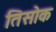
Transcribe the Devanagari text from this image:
तिसोक